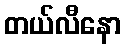
တယ်လီနော